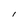
Character: l